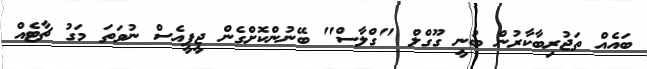
ބައެއް ތަޖުރިބާކާރުން ބުނީ ގޫގްލް "ގްލާސް" ބޭނުންކޮށްގެން ޖީޕީއެސް ނުވަތަ މަގު ޗާޓެއް